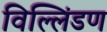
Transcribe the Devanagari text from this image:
विल्लिंडण